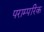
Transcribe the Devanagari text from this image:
पराम्परिक